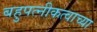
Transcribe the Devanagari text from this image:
बहुपत्नीकत्वाच्या